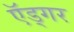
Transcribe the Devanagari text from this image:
ऍड्गर